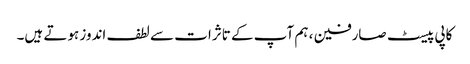
کاپی پیسٹ صارفین ، ہم آپ کے تاثرات سے لطف اندوز ہوتے ہیں۔